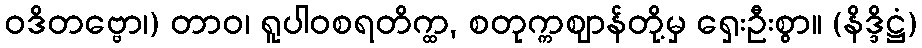
ဝဒိတဗ္ဗော၊) တာဝ၊ ရူပါဝစရတိက္ထ, စတုက္ကဈာန်တို့မှ ရှေးဦးစွာ။ (နိဒ္ဒိဋ္ဌံ)